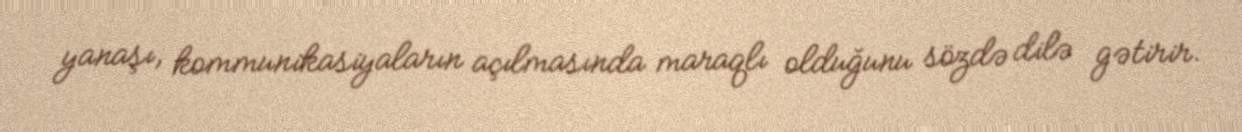
yanaşı, kommunikasiyaların açılmasında maraqlı olduğunu sözdə dilə gətirir.